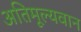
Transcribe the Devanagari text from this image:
अतिमूल्यवान